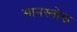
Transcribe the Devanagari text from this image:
मानस्तोक